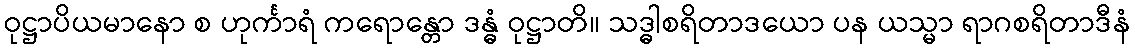
ဝုဋ္ဌာပိယမာနော စ ဟုင်္ကာရံ ကရောန္တော ဒန္ဓံ ဝုဋ္ဌာတိ။ သဒ္ဓါစရိတာဒယော ပန ယသ္မာ ရာဂစရိတာဒီနံ